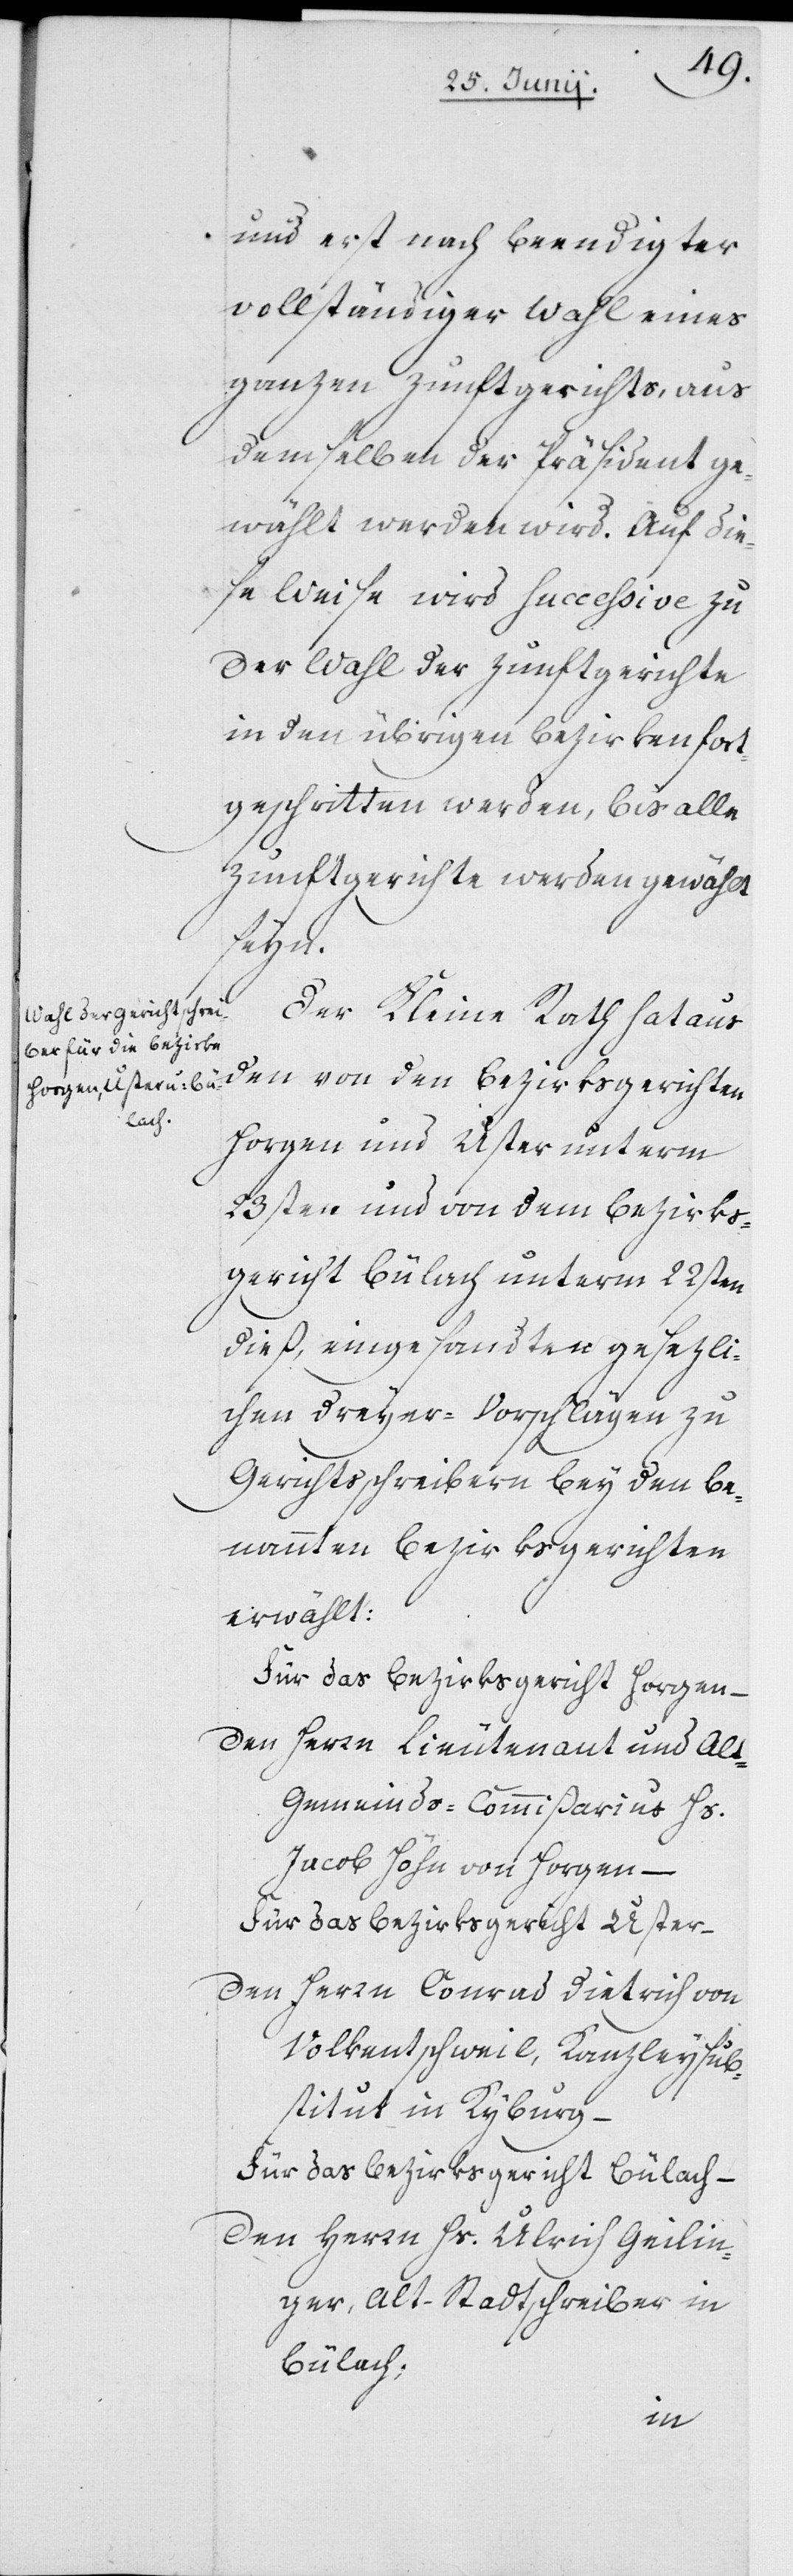
und erst nach beendigter
vollständiger Wahl eines
ganzen Zunftgerichts, aus
demselben der Präsident ge¬
wählt werden wird. Auf die¬
se Weise wird succeßive zu
der Wahl der Zunftgerichte
in den übrigen Bezirken fort¬
geschritten werden, bis alle
Zunftgerichte werden gewählt
seyn.
Der Kleine Rath hat aus
den von den Bezirksgerichten
Horgen und Uster unterm
23sten und von dem Bezirks¬
gericht Bülach unterm 22sten
dieß, eingesandten gesezli¬
chen Dreyer-Vorschlägen zu
Gerichtsschreibern bey den be¬
nannten Bezirksgerichten
erwählt:
Für das Bezirksgericht Horgen –
den Herrn Lieutenant und Al¬
t-Gemeinds-Commißarius Hs.
Jacob Höhn von Horgen –
Für das Bezirksgericht Uster –
den Herrn Conrad Dietrich von
Volkentschweil, Kanzleysub¬
stitut in Kyburg –
Für das Bezirksgericht Bülach –
den Herrn Hs. Ulrich Geilin¬
ger, Alt-Stadtschreiber in
Bülach;